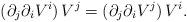
LaTeX: \begin{align*} (\partial_j\partial_i V^i)\,V^j=(\partial_j\partial_i V^j)\,V^i.\end{align*}